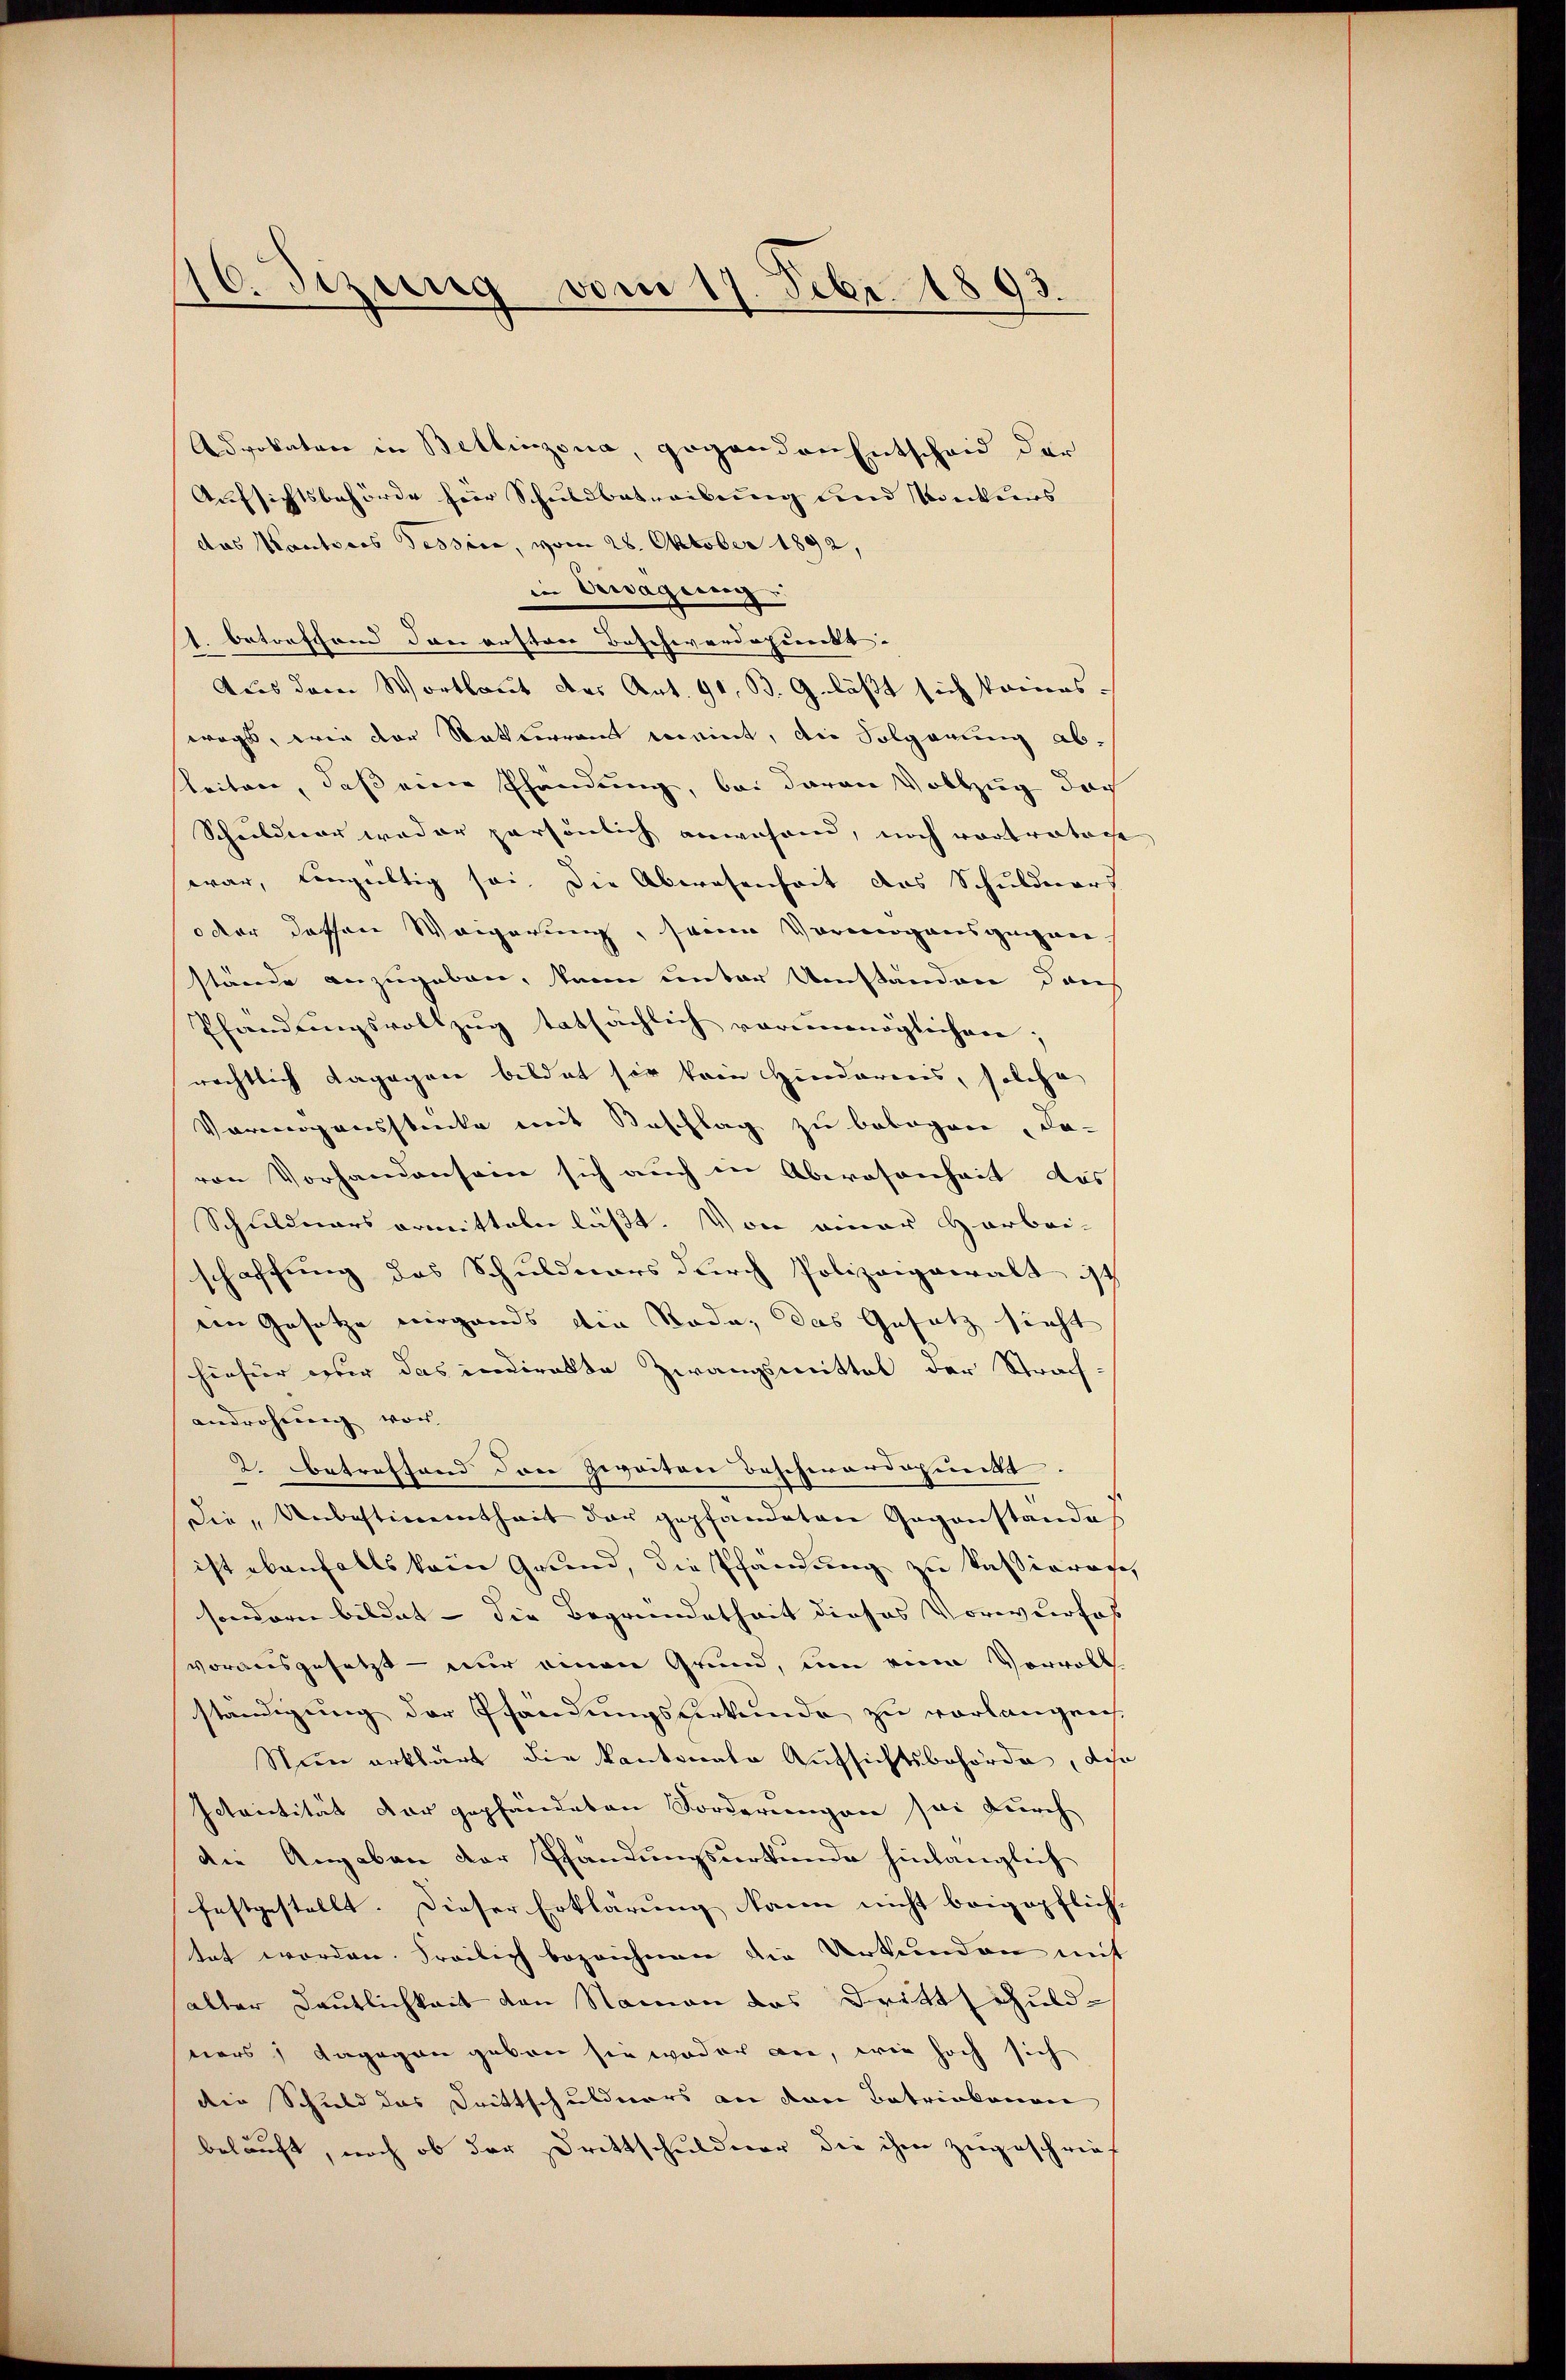
16. Sizung vom 17. Febr. 1893.

Advokatore in Bellinzona, gegenden Entscheid der
Aufsichtsbehörde für Schuldbetreibung und Konkurs
das Kautsers Tessire, vom 28. Oktober 1892,
in Erwägung
1. betreffend dann ersten Beschwerdepunkt. |
Aus dem Wortlaut ders Art. 91, B. G. läßt sich kamens-
wegs, wie der Ratteramt meint, die Solganung abteiten, daß eine Pfändung, bei daran Vollzug doch
Schuldner weder persönlich anwähren, noch vortratore
war, lingültig sei. Die Abwesenheit des Schuldners
oder dessen Weigerung, seine Vermögensgenen
stände anzugeben, kann unter Umständen durch
Pfandungsvollzug tatsächlich vorunmöglichen;
rächtlich dagegen bildet sie kein Hindereris, solche
Vermögensstecke mit Beschlag zu bebogen, da-
von Vorhandensein sich auch in Abwesenheit des
Schuldners ermitteln lässt. Von einer Harbei-
schaffung des Schuldners durch Polizeigewalt ist
eim Gesetze nirgends die Roda, das Gesatz sieht
hiefür wir das indirekte Zwangsmittel der Strach-
androhung vor |
2. betreffend den Zweiten Beschwärdepunkt
Die Unbestimmentheit der gepfandaten Gegenstandes
ist ebenfalls kein Grund, die Pfandung zu kassierige
sondern bildet - die Begründetheit dieses Vorwurfes
vorausgesetzt - nur einen Grund, um eine Vorvoll
ständigung der Pfändungsurkunde zu verlangen,
Nun erklärt die Kantonale Aufsichtsbehörde, di
Ictantität der gepfändeten Forderungen sei durch
die Angaben der Pfandungsurkunde hinlänglich
festgestellt. Dieser Erklärung kann nicht beigepflich.
tet worden. Freilich bezeichnen die Urkunden mit
alter Deutlichkeit von Namen das Drittschuldners; dagegen geben sie weder an, wie hoch sich
die Schuld das Drittschuldners an den Betriekonon
belauft, noch ob der Drittschuldner die ihm zugeschrief